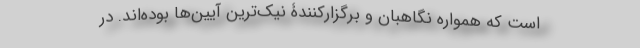
است که همواره نگاهبان و برگزارکنندۀ نیک‌ترین آیین‌ها بوده‌اند. در